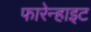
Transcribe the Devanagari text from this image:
फारेन्हाइट